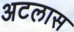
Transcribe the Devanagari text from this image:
अटलास